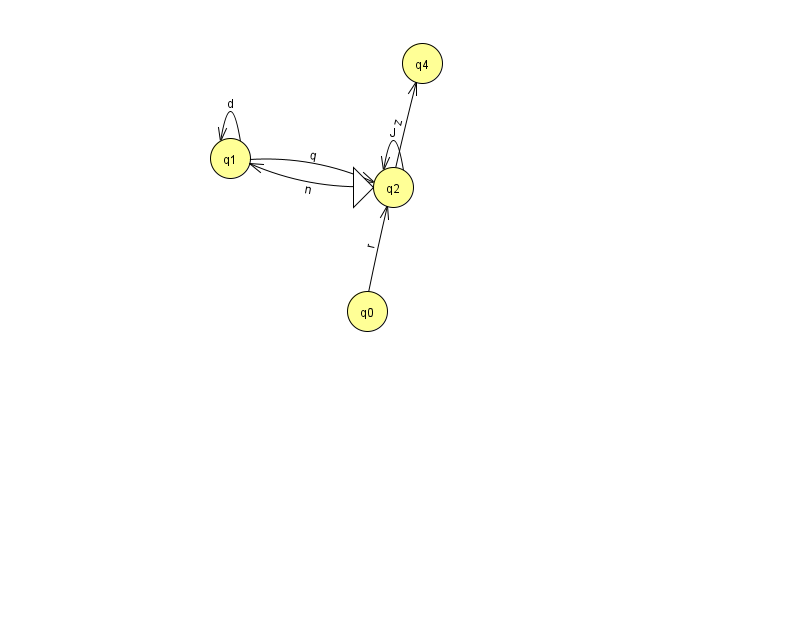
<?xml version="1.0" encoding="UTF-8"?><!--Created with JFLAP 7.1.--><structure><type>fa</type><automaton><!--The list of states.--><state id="0" name="q0"><x>367.0</x><y>298.0</y></state><state id="1" name="q1"><x>230.0</x><y>145.0</y></state><state id="2" name="q2"><x>393.0</x><y>174.0</y><initial/></state><state id="3" name="q3"><x>925.0</x><y>306.0</y><final/></state><state id="4" name="q4"><x>422.0</x><y>50.0</y></state><!--The list of transitions.--><transition><from>3</from><to>3</to><read>R</read></transition><transition><from>1</from><to>1</to><read>d</read></transition><transition><from>1</from><to>2</to><read>q</read></transition><transition><from>2</from><to>4</to><read>z</read></transition><transition><from>2</from><to>1</to><read>n</read></transition><transition><from>2</from><to>2</to><read>J</read></transition><transition><from>0</from><to>2</to><read>r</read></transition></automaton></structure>